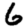
Digit: 6